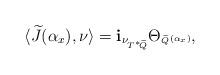
LaTeX: \begin{align*}\langle \widetilde J (\alpha_x), \nu \rangle = {\bf i}_{\nu_{T^*\!\widetilde Q}} \Theta_{\mbox{\tiny{$\widetilde Q$}}}{\mbox{\tiny{$(\alpha_x)$}}},\end{align*}